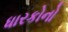
ધારકોનો